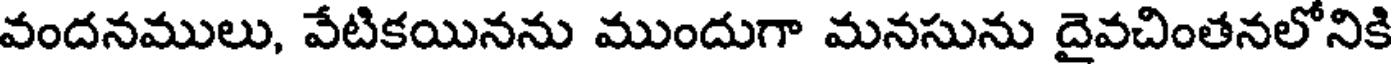
వందనములు, వేటికయినను ముందుగా మనసును దైవచింతనలోనికి